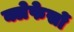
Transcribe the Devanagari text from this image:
क्लेफेसों